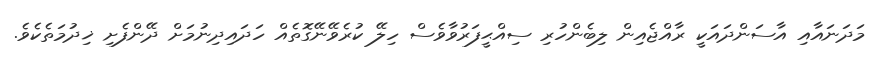
މަދަނައާއި އާސަންދައަކީ ރާއްޖެއިން ލިބެންހުރި ސިއްޙީފަރުވާވެސް ހިލޭ ކުރެވޭނޭގޮތެއް ހަދައިދިނުމަށް ދޭންފެށި ޚިދުމަތެކެވެ.